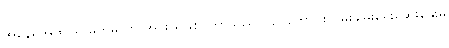
အနေရအထိုင်ရ မိုက်မဲကာ အင်းယားစင်တာသည် ပြည်ထောင်စုငြိမ်းချမ်းရေးဆွေးနွေးမှု